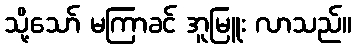
သို့သော် မကြာခင် အူမြူး လာသည်။